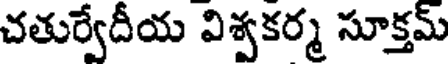
చతుర్వేదీయ విశ్వకర్మ సూక్తమ్